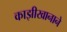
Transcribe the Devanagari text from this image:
काझीखानाने